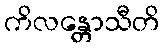
ကိလန္တောသီတိ